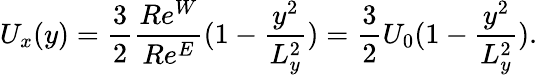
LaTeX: U_{x}(y)=\frac{3}{2}\frac{Re^{W}}{Re^{E}}(1-\frac{y^{2}}{L_{y}^{2}})=\frac{3}{2}U_{0}(1-\frac{y^{2}}{L_{y}^{2}}).